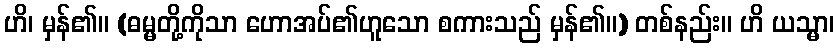
ဟိ၊ မှန်၏။ (ဓမ္မတို့ကိုသာ ဟောအပ်၏ဟူသော စကားသည် မှန်၏။) တစ်နည်း။ ဟိ ယသ္မာ၊